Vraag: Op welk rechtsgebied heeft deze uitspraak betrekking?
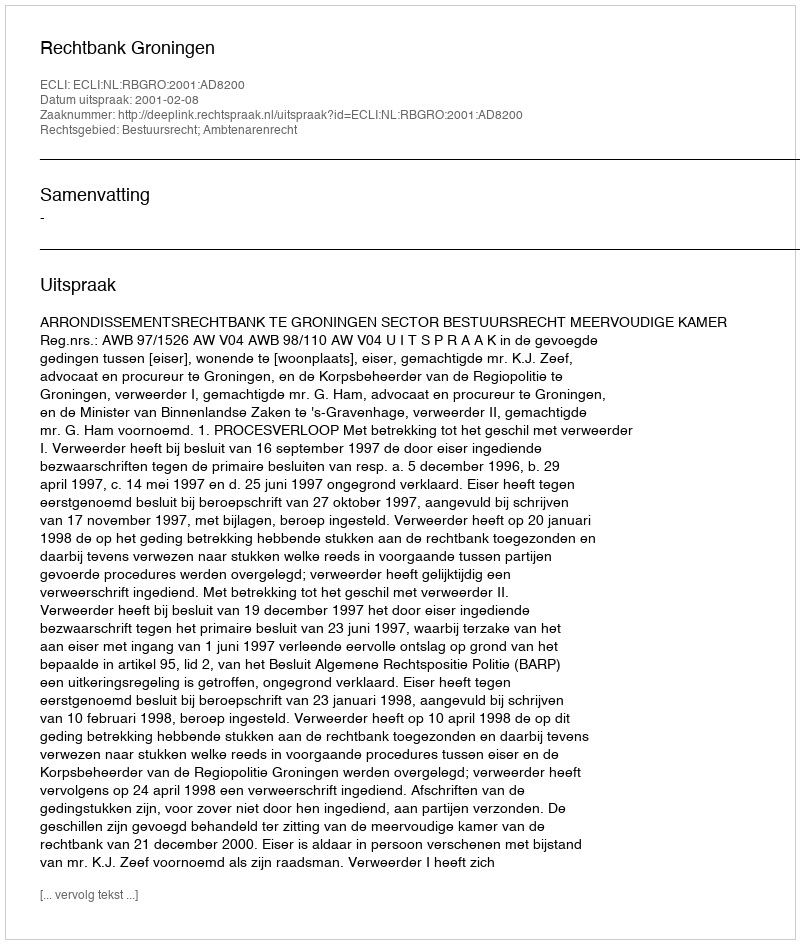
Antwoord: Bestuursrecht; Ambtenarenrecht